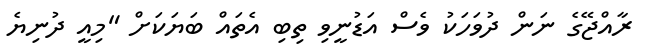
ރާއްޖޭގެ ނަން ދުވަހަކު ވެސް އަޑުނީވި ތިބި އެތައް ބަޔަކަށް "މިއީ ދުނިޔެ